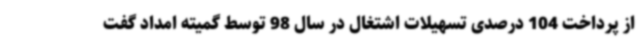
از پرداخت 104 درصدی تسهیلات اشتغال در سال 98 توسط گمیته امداد گفت